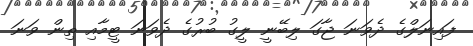
ފައިނަލްގެ ދެވަނަ ޖާގަ ލިބޭނީ ލީގު ބުރުގެ ދެވަނަ ޓީމާއި ތިން ވަނަ